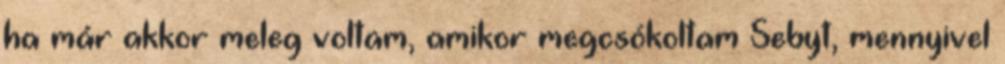
ha már akkor meleg voltam, amikor megcsókoltam Sebyt, mennyivel